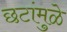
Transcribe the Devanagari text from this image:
छटांमुळे